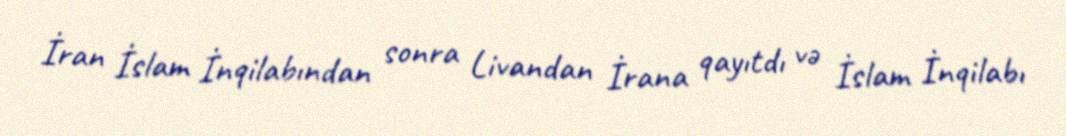
İran İslam İnqilabından sonra Livandan İrana qayıtdı və İslam İnqilabı